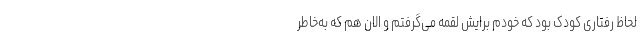
لحاظ رفتاری کودک بود که خودم برایش لقمه می‌گرفتم و الان هم که به‌خاطر